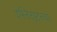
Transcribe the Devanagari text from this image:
इंस्टिट्यूटच्या